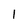
Character: l